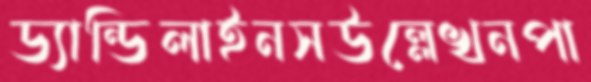
ড্যান্ডিলাইনসউল্লেখনপা